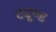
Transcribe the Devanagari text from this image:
ट्यूण्ड